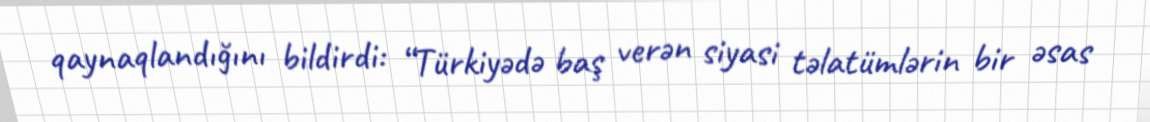
qaynaqlandığını bildirdi: “Türkiyədə baş verən siyasi təlatümlərin bir əsas